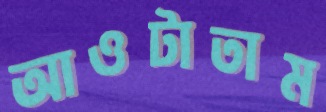
আওটাতাম